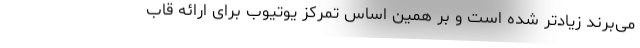
می‌برند زیادتر شده است و بر همین اساس تمرکز یوتیوب برای ارائه قاب